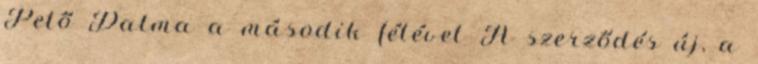
Pető Dalma a második félévet A szerződés új, a